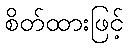
စိတ်ထားဖြင့်